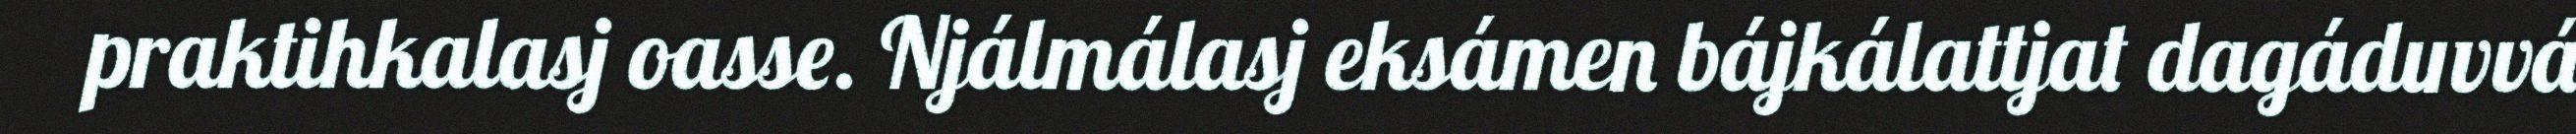
praktihkalasj oasse. Njálmálasj eksámen bájkálattjat dagáduvvá